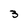
Character: 3